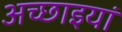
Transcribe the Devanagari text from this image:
अच्छाइयां